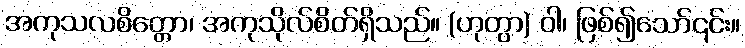
အကုသလစိတ္တော၊ အကုသိုလ်စိတ်ရှိသည်။ (ဟုတွာ) ဝါ၊ ဖြစ်၍သော်၎င်း။